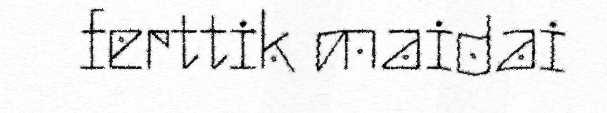
ferttik maidai